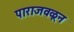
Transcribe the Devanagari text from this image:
पाराजवळून